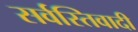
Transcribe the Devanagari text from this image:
सर्वस्तिवादी